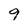
Character: 9